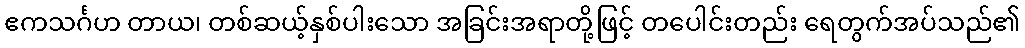
ဧကသင်္ဂဟ တာယ၊ တစ်ဆယ့်နှစ်ပါးသော အခြင်းအရာတို့ဖြင့် တပေါင်းတည်း ရေတွက်အပ်သည်၏